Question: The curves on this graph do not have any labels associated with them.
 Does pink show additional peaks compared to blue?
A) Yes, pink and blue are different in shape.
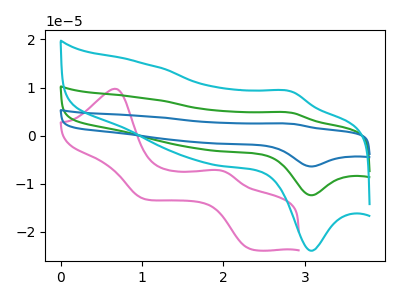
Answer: <think>The pink curve "pink" has anodic peaks at (0.65V, 9.75uA) (1.95V, -7.20uA) and cathodic peaks at (2.35V, -23.60uA) (1.00V, -13.15uA). The green curve "green" has an anodic peak at (2.85V, 4.70uA) and a cathodic peak at (3.10V, -12.45uA). The blue curve "blue" has an anodic peak at (2.85V, 9.45uA) and a cathodic peak at (3.10V, -24.85uA). The cyan curve "cyan" has an anodic peak at (2.85V, 9.10uA) and a cathodic peak at (3.10V, -24.00uA).
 "pink" and "blue" have a different number of peaks.</think>
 <answer>A) Yes, "pink" and "blue" are different in shape.</answer>
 <eval>A</eval>